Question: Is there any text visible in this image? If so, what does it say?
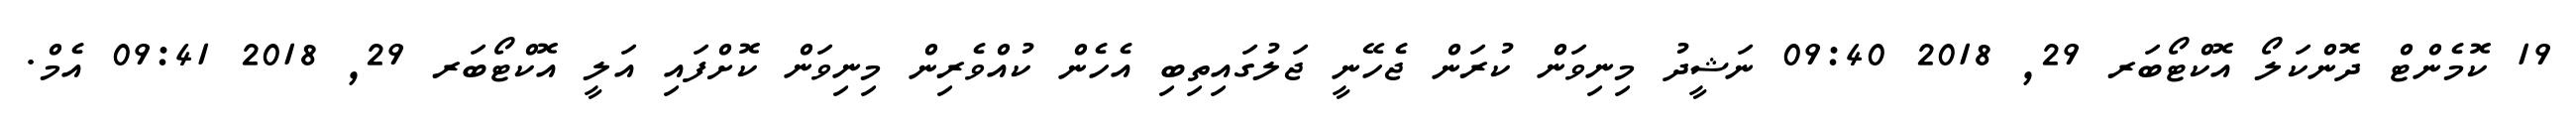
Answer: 19 ކޮމެންޓް ދޮންކަލޯ އޮކްޓޯބަރ 29, 2018 09:40 ނަޝީދު މިނިވަން ކުރަން ޖެހޭނީ ޖަލުގައިތިބި އެހެން ކުއްވެރިން މިނިވަން ކޮށްފައި އަލީ އޮކްޓޯބަރ 29, 2018 09:41 އެމް.